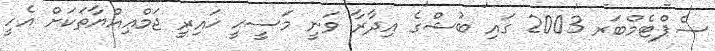
ސެޕްޓެމްބަރ 2003 ގައި ބުޝްގެ އިދާރާ ވަނީ މަސީޙީ ޚައިރީ ޖަމްޢިއްޔާތަކަށް އެހީ